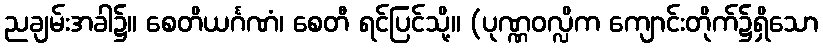
ညချမ်းအခါ၌။ စေတိယင်္ဂဏံ၊ စေတီ ရင်ပြင်သို့။ (ပုဏ္ဏဝလ္လိက ကျောင်းတိုက်၌ရှိသော